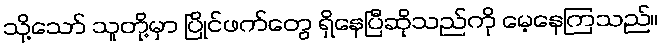
သို့သော် သူတို့မှာ ပြိုင်ဖက်တွေ ရှိနေပြီဆိုသည်ကို မေ့နေကြသည်။